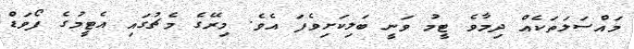
މައްސަލަތަކެއް ދިމާވެ ޓީމު ވަނީ ބަލިކަށިވެފަ އެވެ. މިރޭގެ މެޗުގައި އެޓީމުގެ ފޯވަޑް